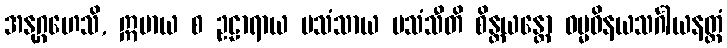
အနုဂ္ဂဟေသိ, ဣမာယ စ ဥဠာရာယ ပသံသာယ ပသံသီတိ စိန္တယန္တော ဓမ္မဝိနယသင်္ဂါယနတ္ထံ